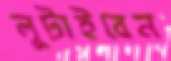
লুটাইবেন